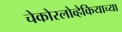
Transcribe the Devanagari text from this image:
चेकोस्लोव्हेकियाच्या